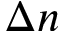
\Delta n